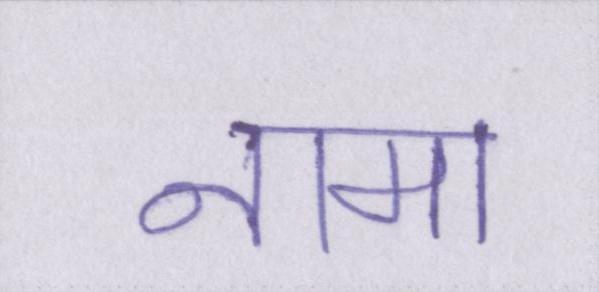
नामा